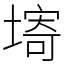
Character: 𡏾